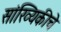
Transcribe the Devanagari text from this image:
सांख्यिकीचे